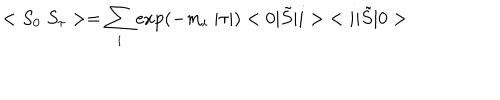
< S _ { 0 } \; S _ { \tau } > = \sum _ { i } \exp ( - m _ { i } \; | \tau | ) < 0 | \tilde { S } | i > \; < i | \tilde { S } | 0 >